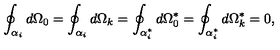
\oint _ { \alpha _ { i } } d \Omega _ { 0 } = \oint _ { \alpha _ { i } } d \Omega _ { k } = \oint _ { \alpha _ { i } ^ { * } } d \Omega _ { 0 } ^ { * } = \oint _ { \alpha _ { i } ^ { * } } d \Omega _ { k } ^ { * } = 0 ,